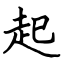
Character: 起